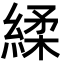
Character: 䋴